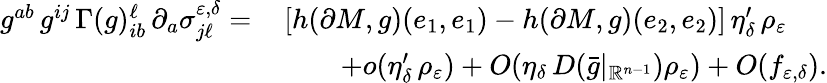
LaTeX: \begin{array}{rl}{g^{ab}\, g^{ij}\, \Gamma(g)_{ib}^{\ell}\, \partial_{a}\sigma_{j\ell}^{\varepsilon,\delta}=\, }&{[h(\partial M,g)(e_{1},e_{1})-h(\partial M,g)(e_{2},e_{2})]\, \eta_{\delta}^{\prime}\, \rho_{\varepsilon}}\\ &{\qquad+o(\eta_{\delta}^{\prime}\, \rho_{\varepsilon})+O(\eta_{\delta}\, D(\bar{g}|_{\mathbb{R}^{n-1}})\rho_{\varepsilon})+O(f_{\varepsilon,\delta}).}\end{array}